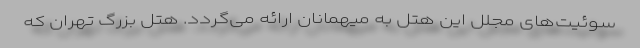
سوئیت‌های مجلل این هتل به میهمانان ارائه می‌گردد. هتل بزرگ تهران که